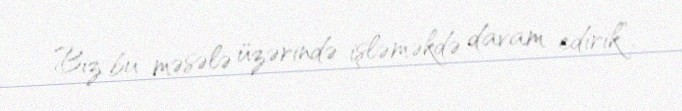
Biz bu məsələ üzərində işləməkdə davam edirik”.